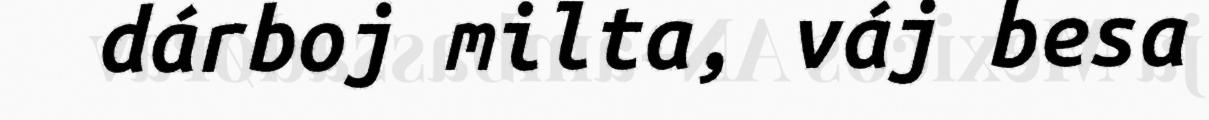
dárboj milta, váj besa